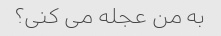
به من عجله می کنی؟